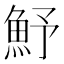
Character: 魣